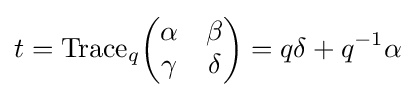
t={\text{Trace}}_{q}{\begin{pmatrix}\alpha &\beta \\\gamma &\delta \end{pmatrix}}=q\delta +q^{-1}\alpha